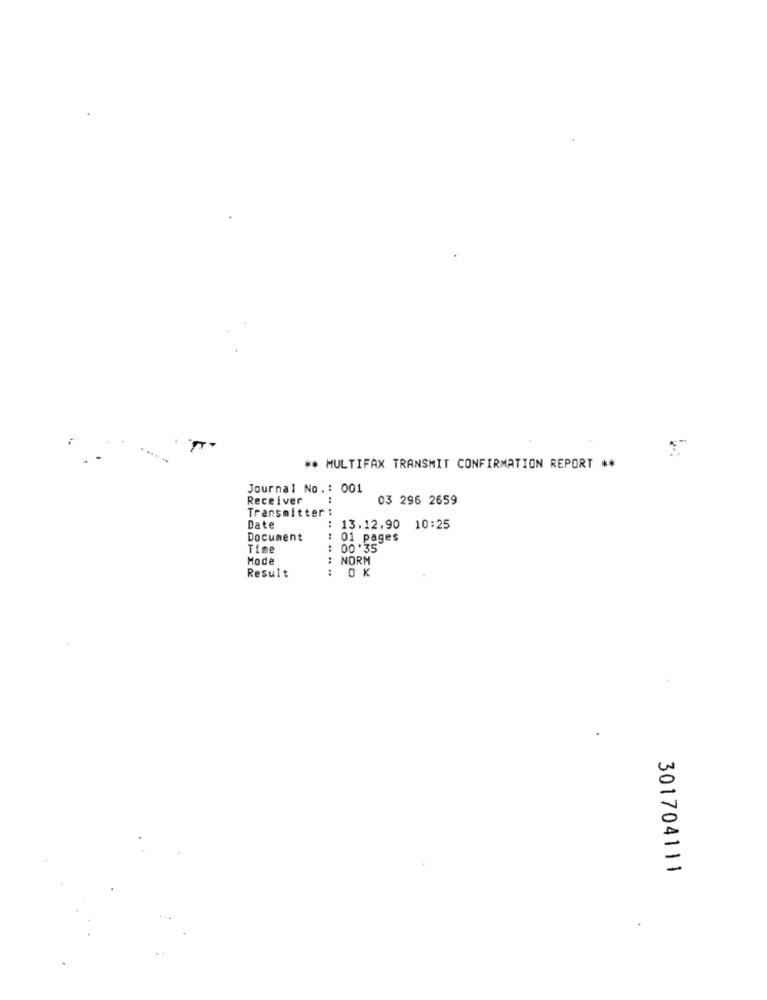
** MULTIFAX TRANSMIT CONFIRMATION REPORT **
Journal No .: 001
Receiver
03 296 2659
Transmitter
Date
: 13.12.90 10:25
Document
01 pages
Time
: 00.35
Mode
: NORM
:
Result
OK
301704111
.